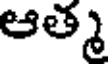
ఆత్మ